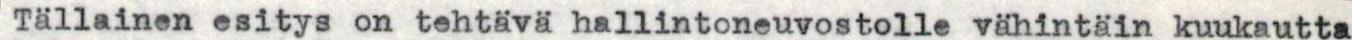
Tällainen esitys on tehtävä hallintoneuvostolle vähintäin kuukautta